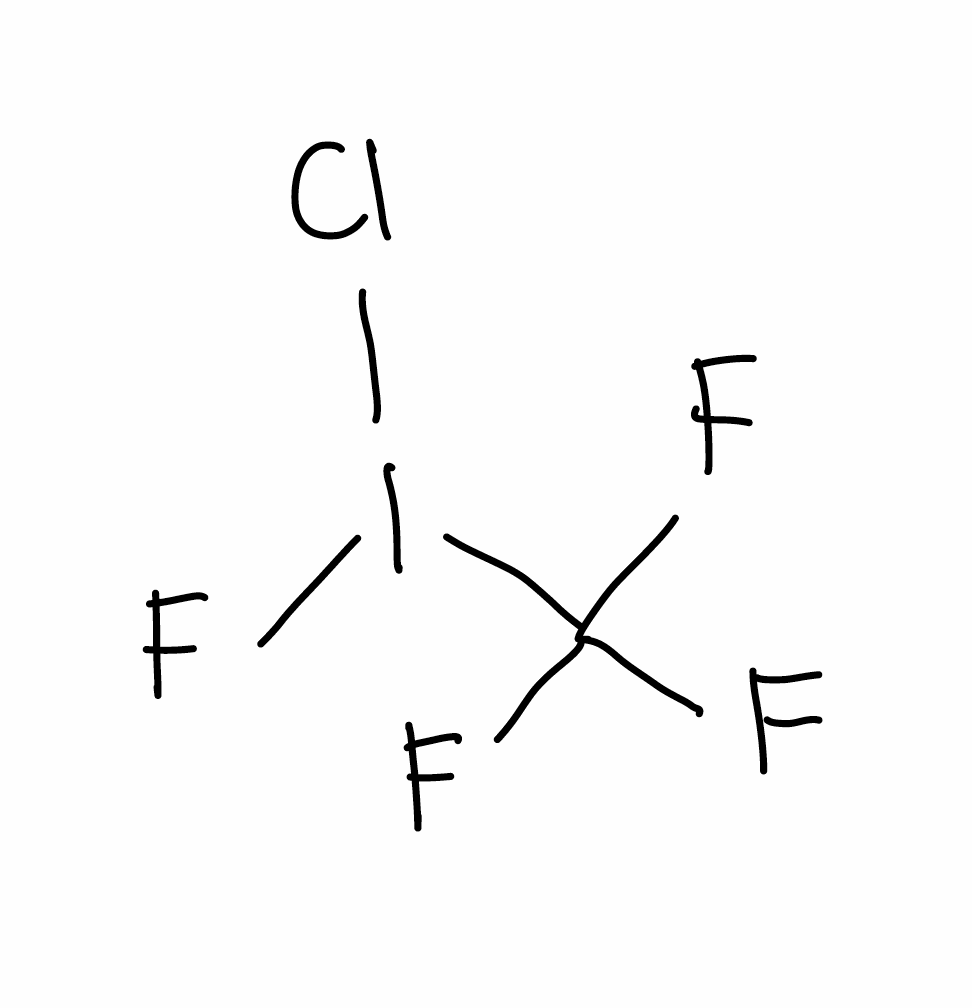
Simplified molecular-input line-entry system (SMILES) notation of the given molecule:
C(F)(F)(F)I(F)Cl